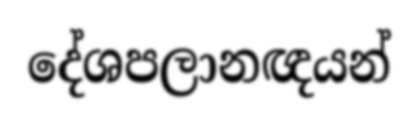
දේශපලානඥයන්